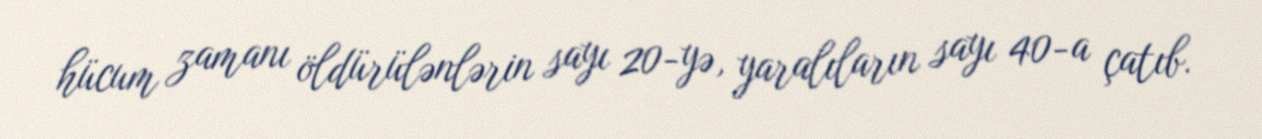
hücum zamanı öldürülənlərin sayı 20-yə, yaralıların sayı 40-a çatıb.